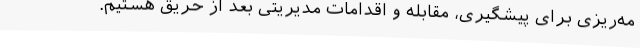
مه‌ریزی برای پیشگیری، مقابله و اقدامات مدیریتی بعد از حریق هستیم.